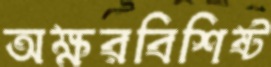
অক্ষরবিশিষ্ট